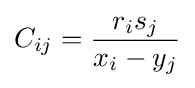
C_{ij}={\frac {r_{i}s_{j}}{x_{i}-y_{j}}}